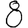
Digit: 8